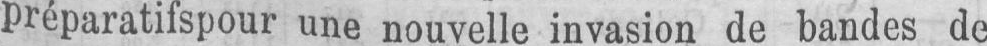
préparatifspour une nouvelle invasion de bandes de